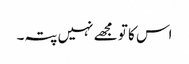
اس کا تو مجھے نہیں پتہ۔